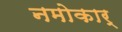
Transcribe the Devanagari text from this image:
नमोकार्